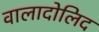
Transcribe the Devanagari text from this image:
वालादोलिद